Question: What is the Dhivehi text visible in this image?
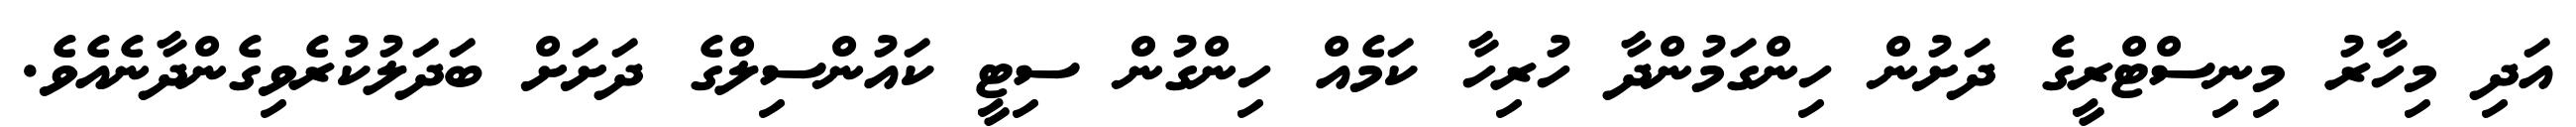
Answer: އަދި މިހާރު މިނިސްޓްރީގެ ދަށުން ހިންގަމުންދާ ހުރިހާ ކަމެއް ހިންގުން ސިޓީ ކައުންސިލްގެ ދަށަށް ބަދަލުކުރެވިގެންދާނެއެވެ.